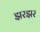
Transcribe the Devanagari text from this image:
झरझर